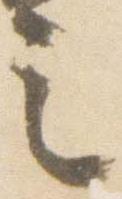
之